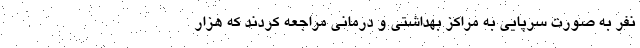
نفر به صورت سرپایی به مراکز بهداشتی و درمانی مراجعه کردند که هزار